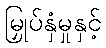
မြှုပ်နှံမှုနှင့်